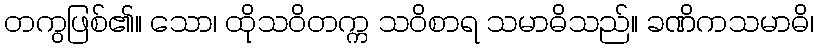
တကွဖြစ်၏။ သော၊ ထိုသဝိတက္က သဝိစာရ သမာဓိသည်။ ခဏိကသမာဓိ၊